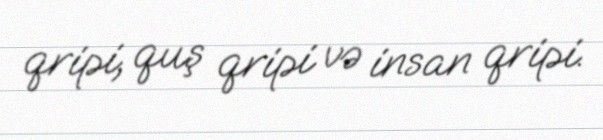
qripi, quş qripi və insan qripi.